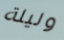
وليلة